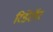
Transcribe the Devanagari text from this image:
रिडेंटॉर